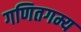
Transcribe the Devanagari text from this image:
गणितगम्य